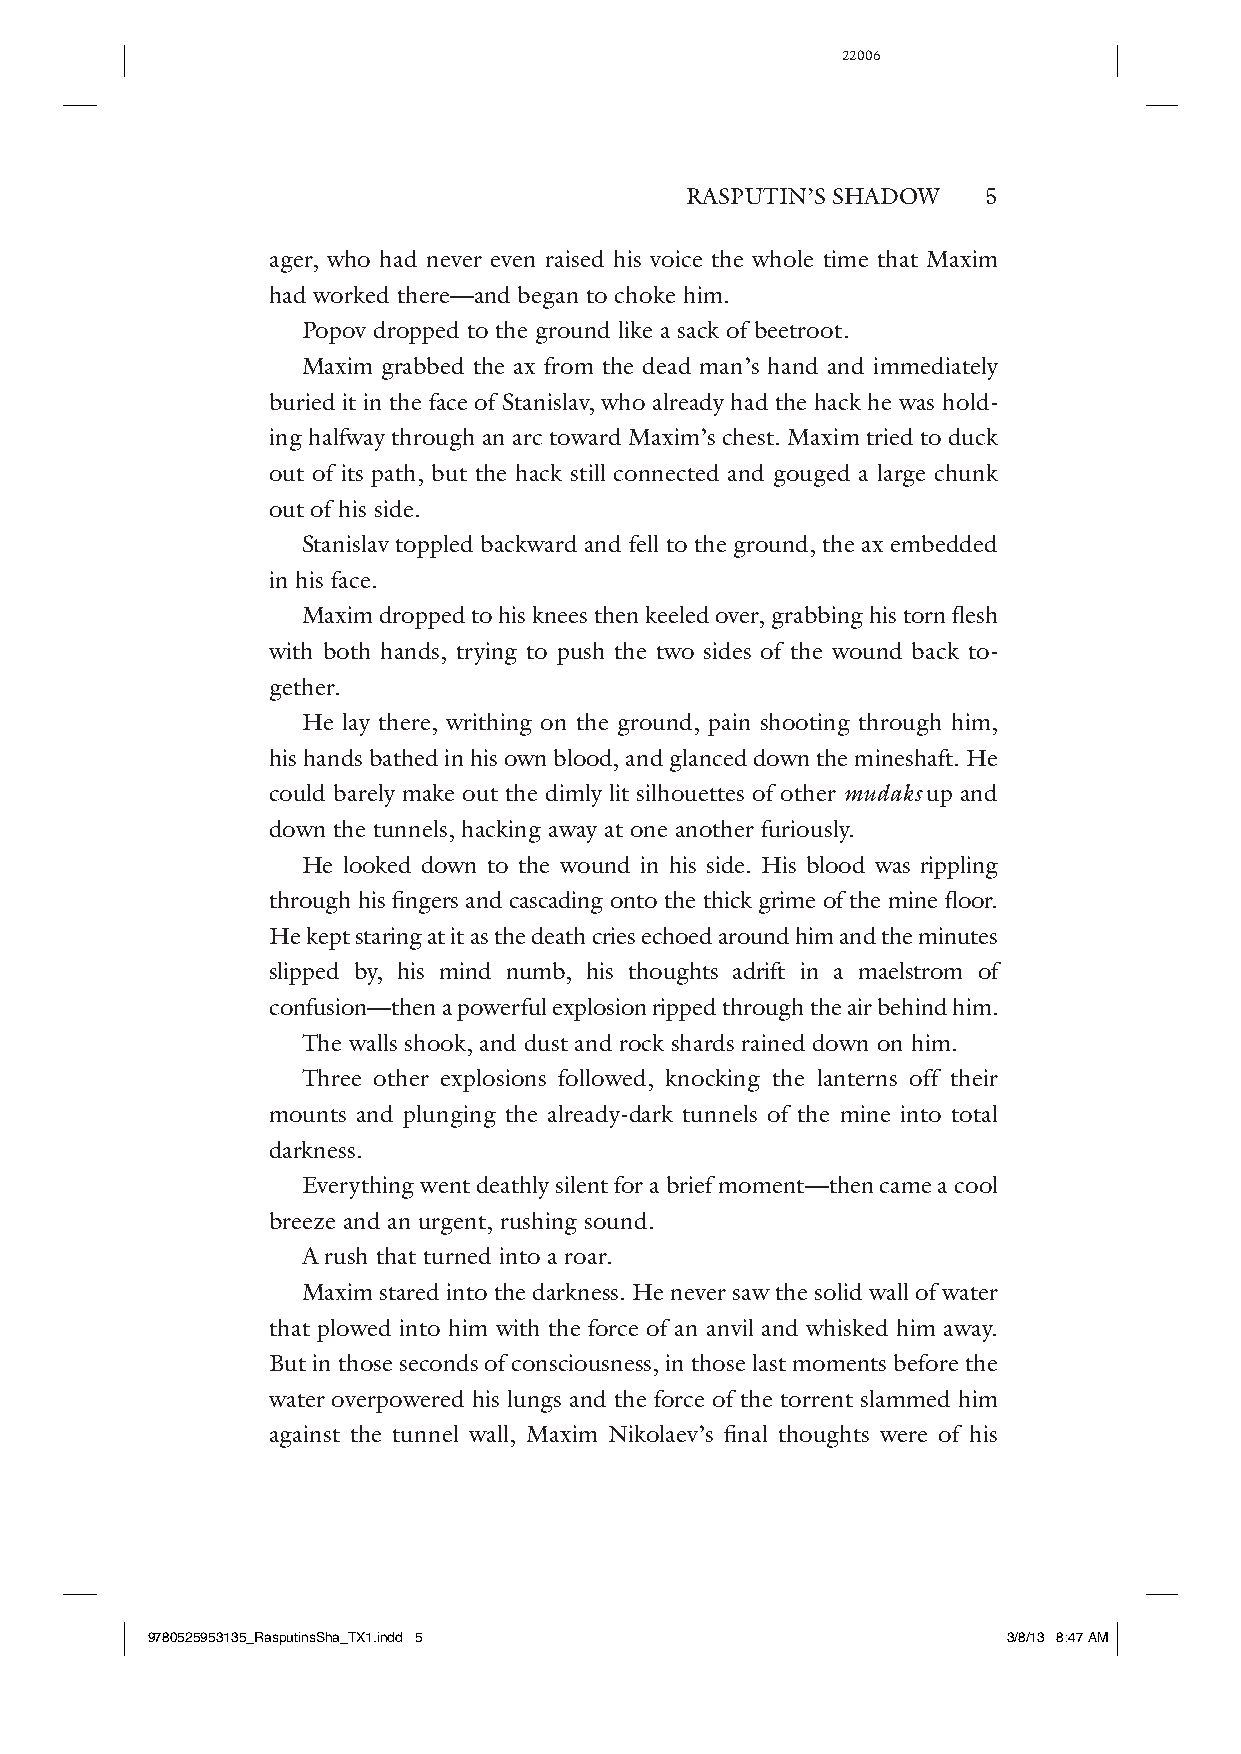
22006
 RASPUTIN’S SHADOW   5
 ager, who had never even raised his voice the whole time that Maxim
 had worked there— and began to choke him.
 Popov dropped to the ground like a sack of beetroot.
 Maxim grabbed the ax from the dead man’s hand and immediately
 buried it in the face of Stanislav, who already had the hack he was hold-
 ing halfway through an arc toward Maxim’s chest. Maxim tried to duck
 out of its path, but the hack still connected and gouged a large chunk
 out of his side.
 Stanislav toppled backward and fell to the ground, the ax embedded
 in his face.
 Maxim dropped to his knees then keeled over, grabbing his torn flesh
 with both hands, trying to push the two sides of the wound back to-
 gether.
 He lay there, writhing on the ground, pain shooting through him,
 his hands bathed in his own blood, and glanced down the mineshaft. He
 could barely make out the dimly lit silhouettes of other mudaks up and
 down the tunnels, hacking away at one another furiously.
 He looked down to the wound in his side. His blood was rippling
 through his fingers and cascading onto the thick grime of the mine floor.
 He kept staring at it as the death cries echoed around him and the minutes
 slipped by, his mind numb, his thoughts adrift in a maelstrom of
 confusion—t hen a powerful explosion ripped through the air behind him.
 The walls shook, and dust and rock shards rained down on him.
 Three other explosions followed, knocking the lanterns off their
 mounts and plunging the already- dark tunnels of the mine into total
 darkness.
 Everything went deathly silent for a brief moment— t hen came a cool
 breeze and an urgent, rushing sound.
 A rush that turned into a roar.
 Maxim stared into the darkness. He never saw the solid wall of water
 that plowed into him with the force of an anvil and whisked him away.
 But in those seconds of consciousness, in those last moments before the
 water overpowered his lungs and the force of the torrent slammed him
 against the tunnel wall, Maxim Nikolaev’s final thoughts were of his
 9780525953135_RasputinsSha_TX1.indd 5                    3/8/13 8:47 AM